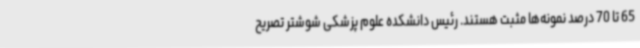
65 تا 70 درصد نمونه‌ها مثبت هستند. رئیس دانشکده علوم پزشکی شوشتر تصریح